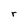
Character: r